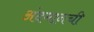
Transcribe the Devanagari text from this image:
अंदमानची